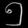
Digit: ၅